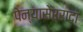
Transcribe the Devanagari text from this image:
पेन्यासेर्रादा